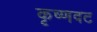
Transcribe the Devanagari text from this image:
कृष्णवट